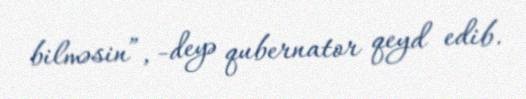
bilməsin”, -deyə qubernator qeyd edib.